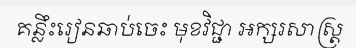
គន្លឹះរៀនឆាប់ចេះ មុខវិជ្ជា អក្សរសាស្ត្រ